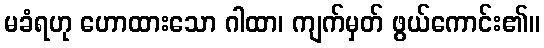
မခံရဟု ဟောထားသော ဂါထာ၊ ကျက်မှတ် ဖွယ်ကောင်း၏။